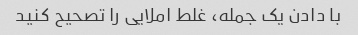
با دادن یک جمله، غلط املایی را تصحیح کنید